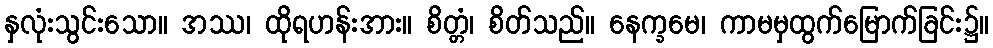
နှလုံးသွင်းသော။ အဿ၊ ထိုရဟန်းအား။ စိတ္တံ၊ စိတ်သည်။ နေက္ခမေ၊ ကာမမှထွက်မြောက်ခြင်း၌။